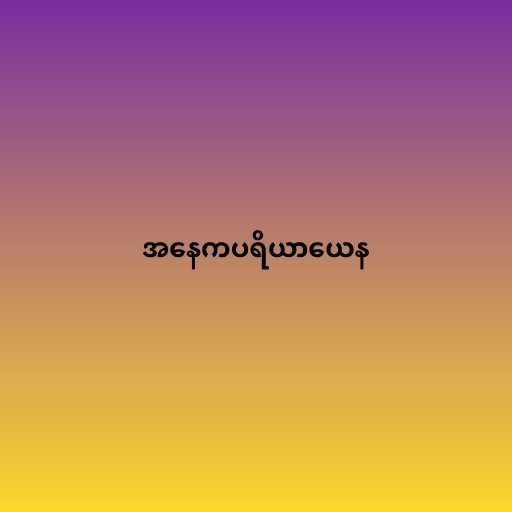
အနေကပရိယာယေန